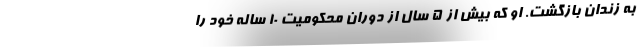
به زندان بازگشت. او که بیش از 5 سال از دوران محکومیت 10 ساله خود را